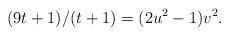
LaTeX: \begin{align*}(9t + 1) / (t + 1) = (2u^2 - 1) v^2.\end{align*}